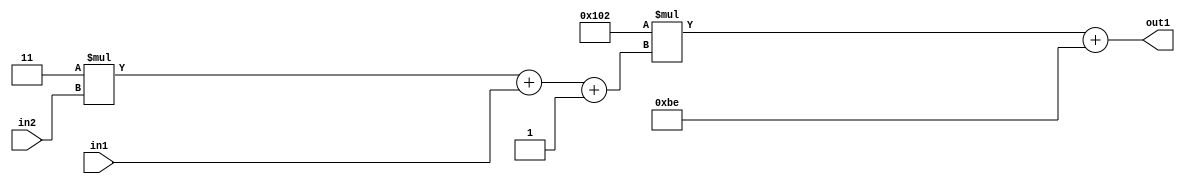
`timescale 1ps / 1ps
/*****************************************************************************
    Verilog RTL Description
    
    
    Created by: Stratus DpOpt 2019.1.01 
*******************************************************************************/

module DC_Filter_Add2i190Mul2i258Add3i1u1Mul2i3u2_4 (
	in2,
	in1,
	out1
	); /* architecture "behavioural" */ 
input [1:0] in2;
input  in1;
output [11:0] out1;
wire [11:0] asc001;
wire [3:0] asc002;

wire [3:0] asc002_tmp_0;
wire [3:0] asc002_tmp_1;
assign asc002_tmp_1 = 
	+(4'B0011 * in2);
assign asc002_tmp_0 = asc002_tmp_1
	+(in1);
assign asc002 = asc002_tmp_0
	+(4'B0001);

wire [11:0] asc001_tmp_2;
assign asc001_tmp_2 = 
	+(12'B000100000010 * asc002);
assign asc001 = asc001_tmp_2
	+(12'B000010111110);

assign out1 = asc001;
endmodule

/* CADENCE  vrP3Qw8= : u9/ySgnWtBlWxVPRXgAZ4Og= ** DO NOT EDIT THIS LINE ******/